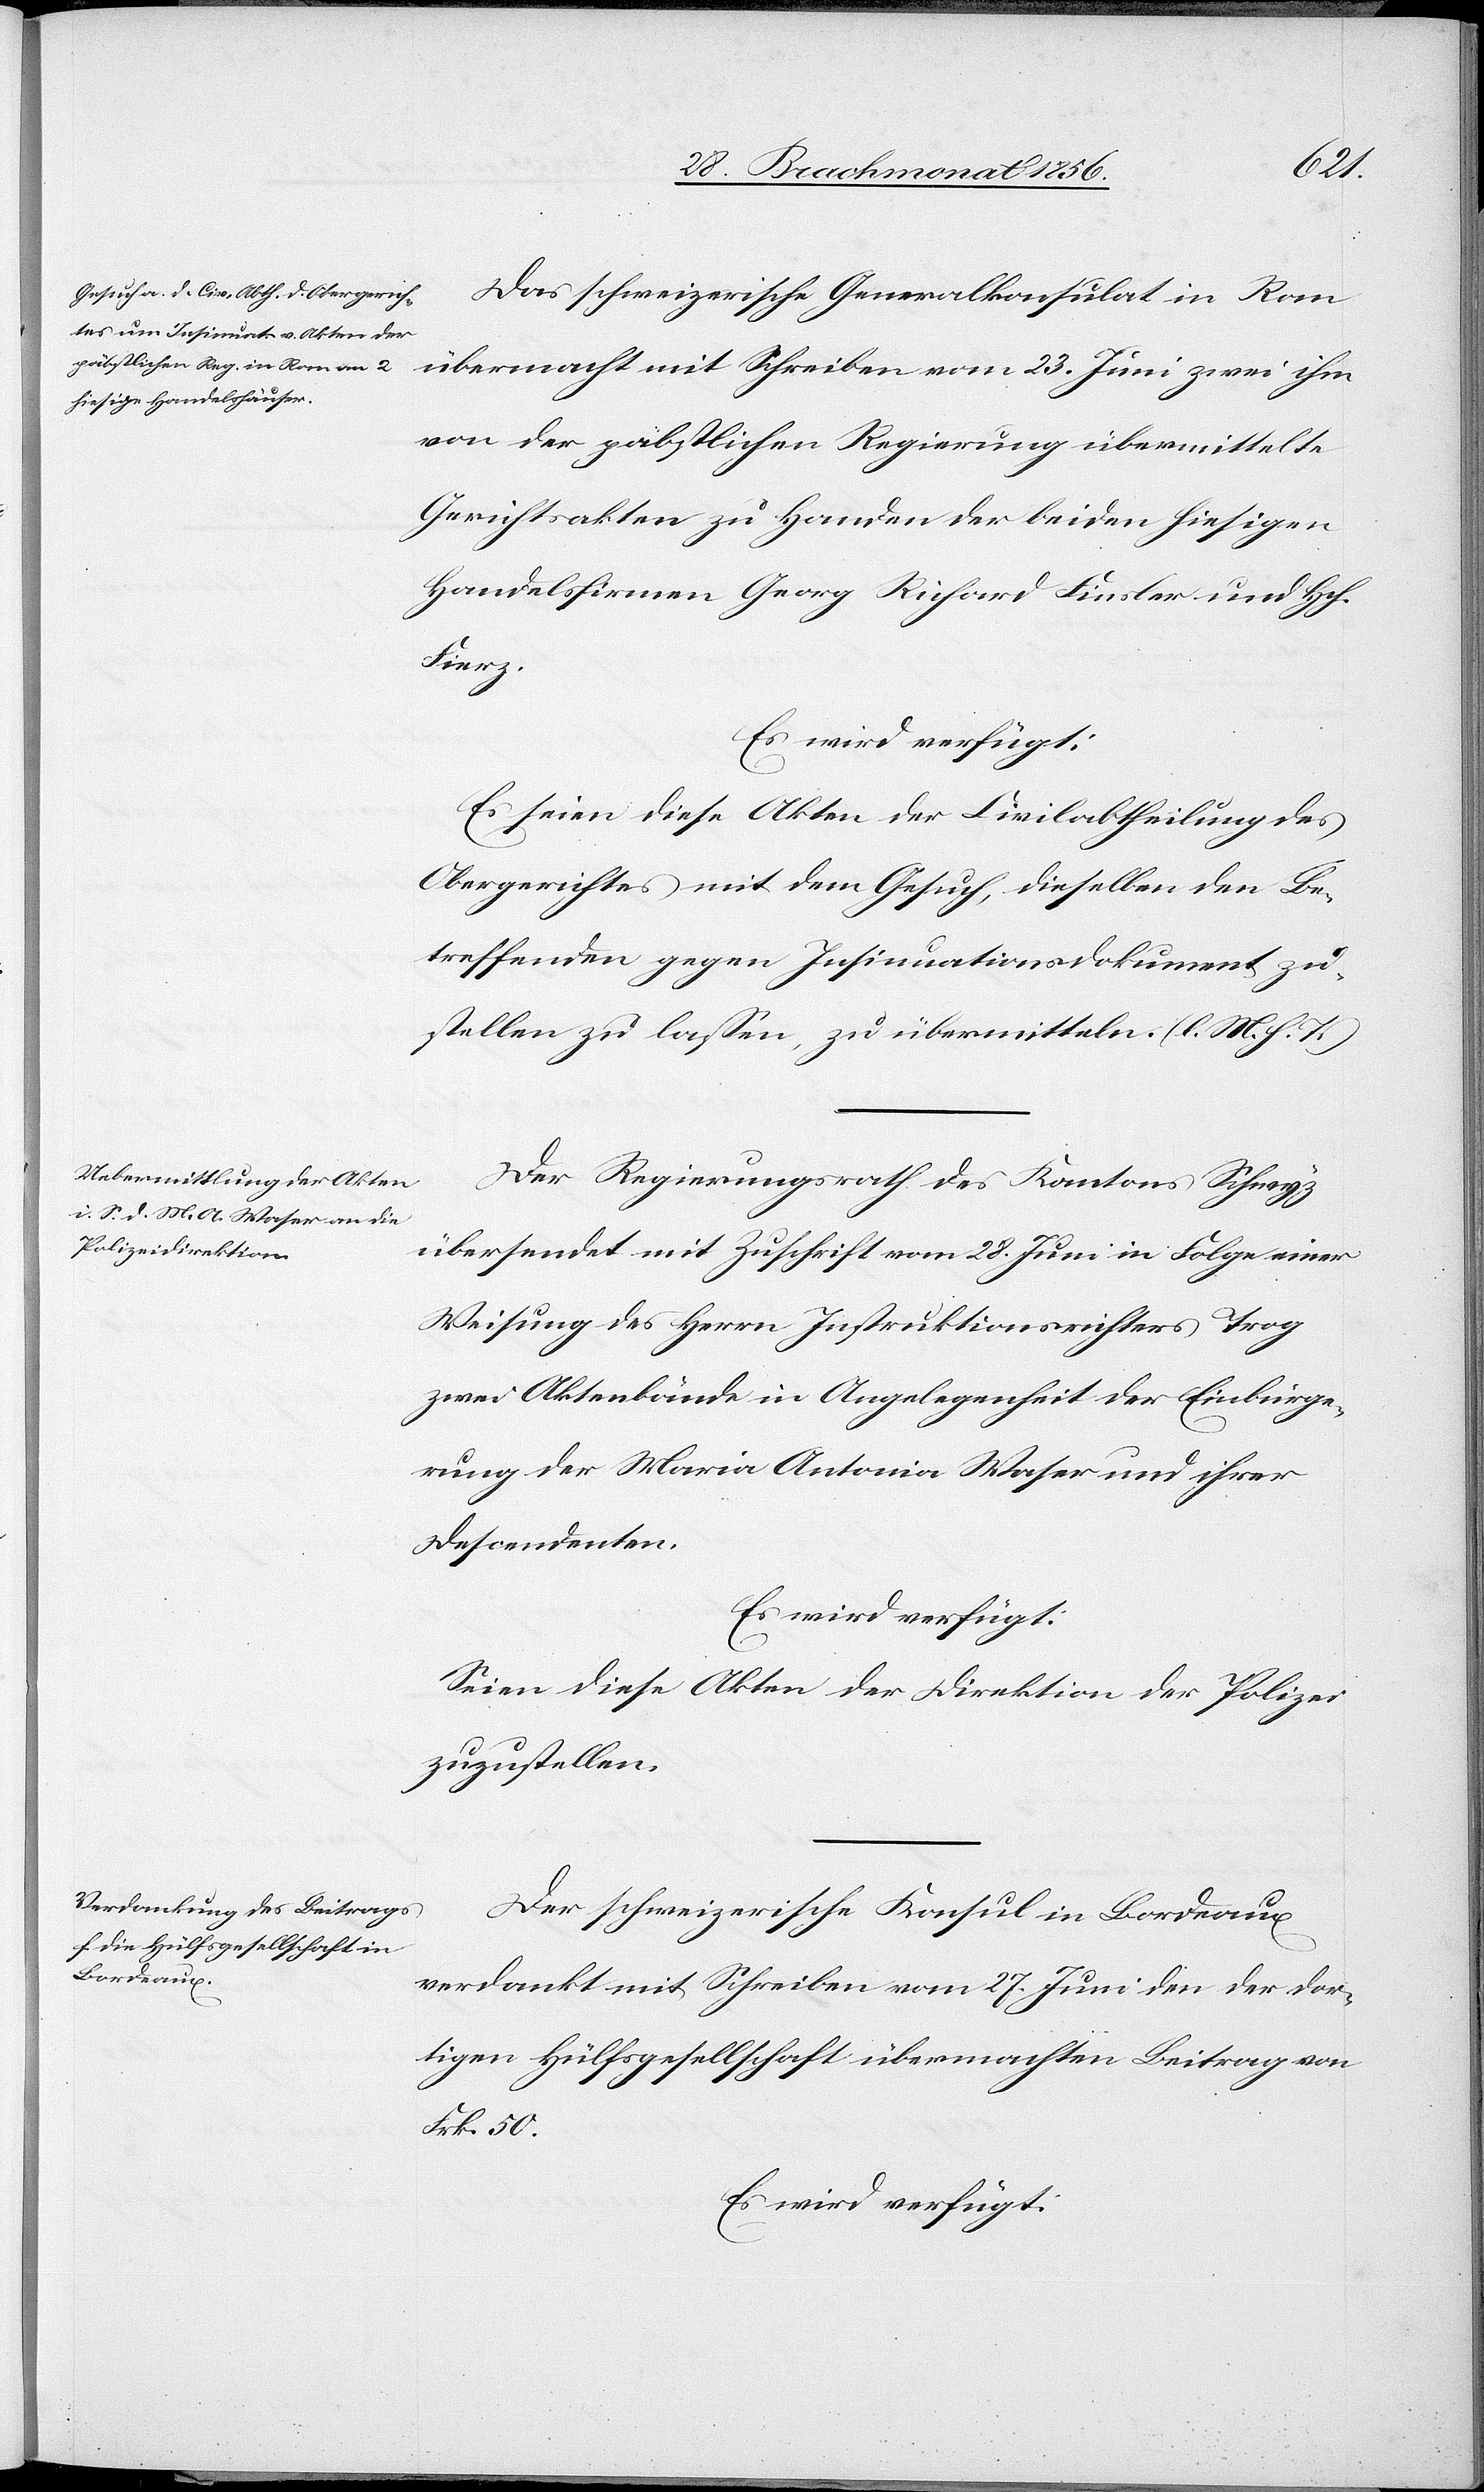
den
30. Brachmonat 1856.]
Das schweizerische Generalkonsulat in Rom
übermacht mit Schreiben vom 23. Juni zwei ihm
von der päbstlichen Regierung übermittelte
Gerichtsakten zu Handen der beiden hiesigen
Handelsfirmen Georg Richard Finsler und Hch.
Fierz.
Es wird verfügt:
Es seien diese Akten der Civilabtheilung des
Obergerichtes mit dem Gesuch, dieselben den Be¬
treffenden gegen Insinuationsdokument zu¬
stellen zu lassen, zu übermitteln. (l. M. h. T.)
Der Regierungsrath des Kantons Schwyz
übersendet mit Zuschrift vom 28. Juni in Folge einer
Weisung des Herrn Instruktionsrichters Trog
zwei Aktenbände in Angelegenheit der Einbürge¬
rung der Maria Antonia Waser und ihrer
Descendenten.
Es wird verfügt:
Seien diese Akten der Direktion der Polizei
zuzustellen.
Der schweizerische Konsul in Bordeaux
verdankt mit Schreiben vom 27. Juni den der dor¬
tigen Hülfsgesellschaft übermachten Beitrag von
Frk. 50.
Es wird verfügt: